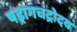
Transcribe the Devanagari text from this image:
षड्रागचंद्रोदय